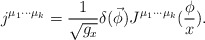
\begin{align*}j^{\mu _1\cdot \cdot \cdot \mu _k}=\frac 1{\sqrt{g_x}}\delta (\vec \phi )J^{\mu _1\cdot \cdot \cdot \mu _k}(\frac \phi x).\end{align*}